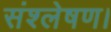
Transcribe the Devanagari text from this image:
संश्लेषण।